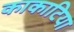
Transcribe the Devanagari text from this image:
काकाटिया